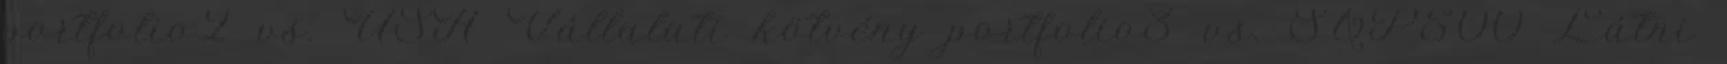
portfolio2 vs. USA Vállalati kötvény portfolio3 vs. S&P500 Látni